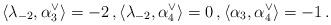
LaTeX: \begin{align*}\langle \lambda_{-2}, \alpha_3^\vee\rangle = -2\, ,\langle \lambda_{-2}, \alpha_4^\vee\rangle = 0\, ,\langle \alpha_3, \alpha_4^\vee\rangle = -1\, .\end{align*}